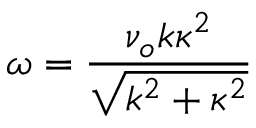
\omega = \frac { \nu _ { o } k \kappa ^ { 2 } } { \sqrt { k ^ { 2 } + \kappa ^ { 2 } } }